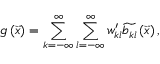
g \left( \vec { x } \right) = \sum _ { k = - \infty } ^ { \infty } \sum _ { l = - \infty } ^ { \infty } w _ { k l } ^ { \prime } \widetilde { b _ { k l } } \left( \vec { x } \right) ,